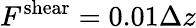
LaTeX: F^{\mathrm{shear}}=0.01\Delta z